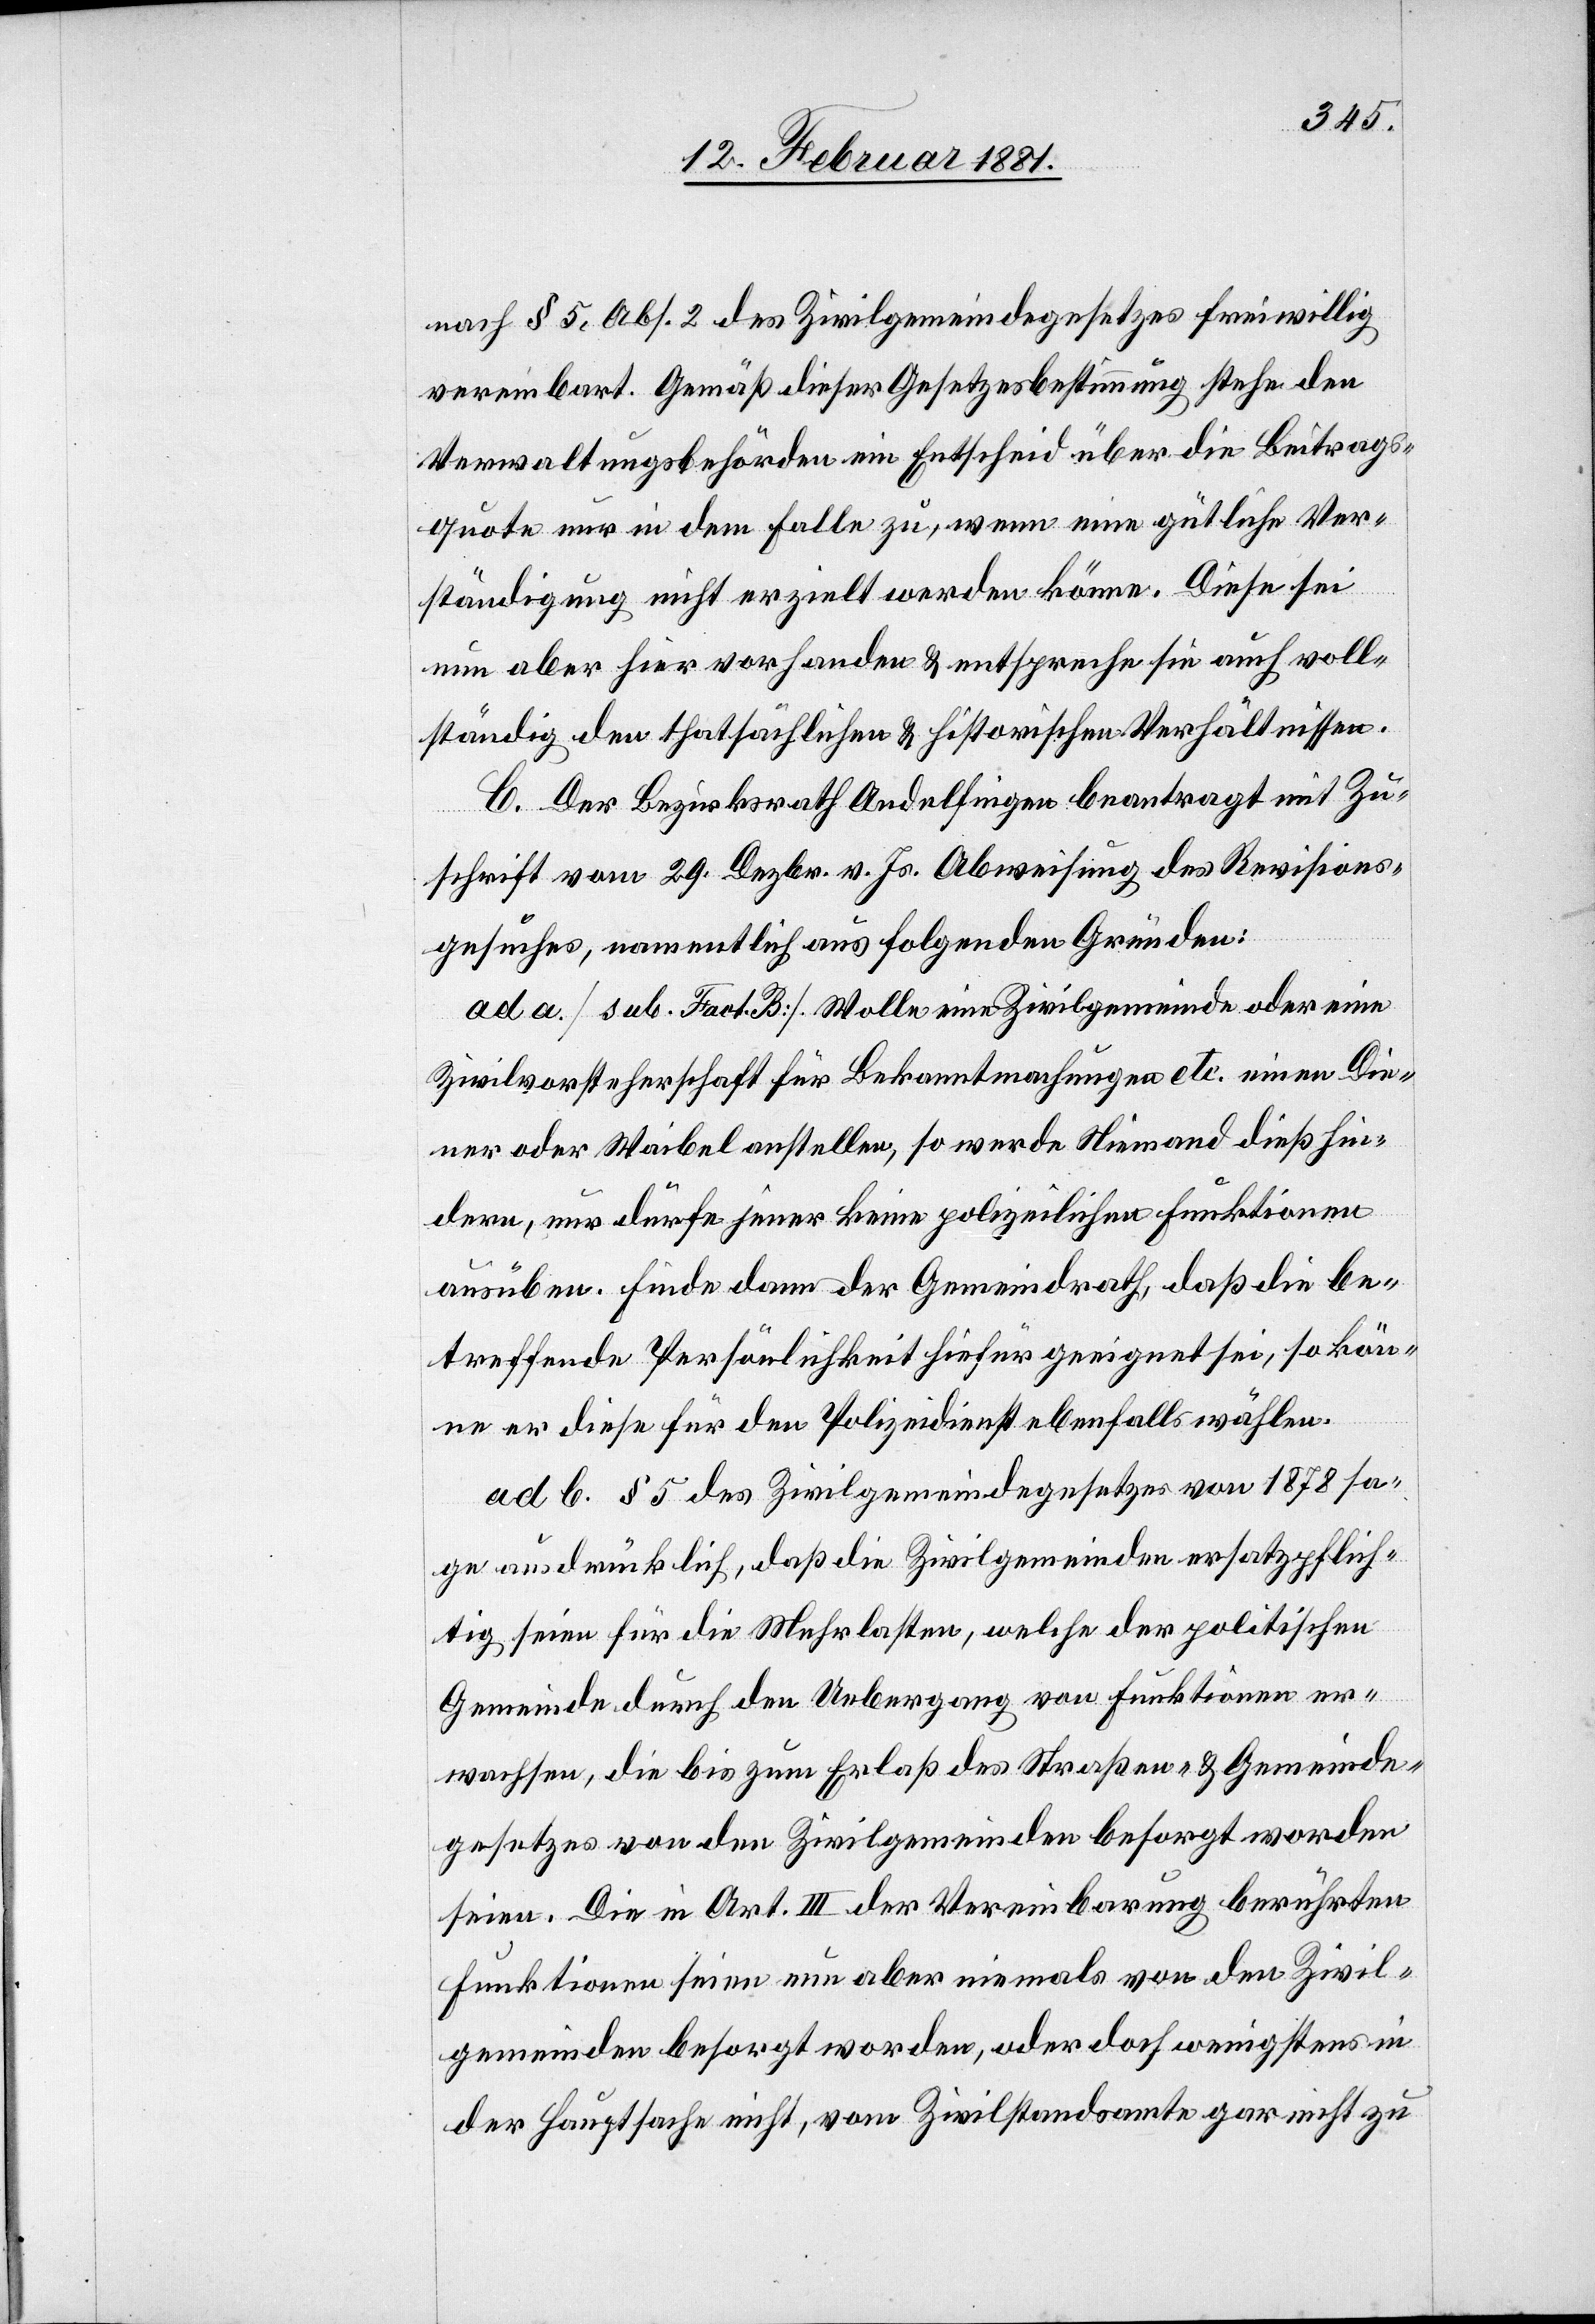
nach § 5, abs. 2 des Zivilgemeindegesetzes freiwillig
vereinbart. Gemäß dieser Gesetzesbestimmung stehe den
Verwaltungsbehörden ein Entscheid übe die Beitrags¬
quote nur in dem Falle zu, wenn eine gütliche Ver¬
ständigung nicht erzielt werden könne. Diese sei
nun aber hier vorhanden & entspreche sie auch voll¬
ständig den thatsächlichen & historischen Verhältnissen.
C. Der Bezirksrath Andelfingen beantragt mit Zu¬
schrift vom 29. Dezbr. v. Js. Abweisung des Revisions¬
gesuches, namentlich aus folgenden Gründen:
ad a. [sub. Fact. B] Wolle eine Zivilgemeinde oder eine
Zivilvorsteherschaft für Bekanntmachungen etc. einen Die¬
ner oder Waibel anstellen, so werde Niemand dieß hin¬
dern, nur dürfe jener keine polizeilichen Funktionen
ausüben. Finde dann der Gemeindrath, daß die be¬
treffende Persönlichkeit hiefür geeignete sei, so kön¬
ne er diese für den Polizeidienst ebenfalls wählen.
ad b. § 5 des Zivilgemeindegesetzes von 1878 sa¬
ge ausdrücklich, daß die Zivilgemeinden ersatzpflich¬
tig seien für die Mehrlasten, welche der politischen
Gemeinde durch den Uebergang von Funktionen er¬
wachsen, die bis zum Erlaß des Straßen- & Gemeinde¬
gesetzes von den Zivilgemeinden besorgt worden
seien. Die in Art. III der Vereinbarung berührten
Funktionen seien nun aber niemals von den Zivil¬
gemeinden besorgt worden, oder doch wenigstens in
der Hauptsache nicht, vom Zivilstandsamte gar nicht zu